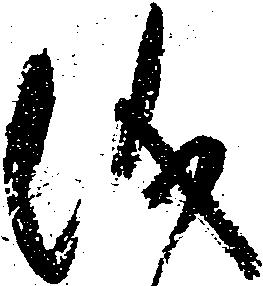
儀